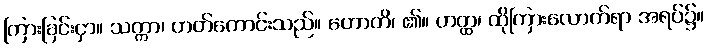
ကြားခြင်းငှာ။ သက္ကာ၊ တတ်ကောင်းသည်။ ဟောတိ၊ ၏။ ဟတ္ထ၊ ထိုကြားလောက်ရာ အရပ်၌။